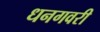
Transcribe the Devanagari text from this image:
धनगवरी